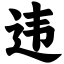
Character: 违